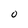
Character: O